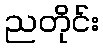
ညတိုင်း